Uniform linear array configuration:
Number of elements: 4
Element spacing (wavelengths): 0.75
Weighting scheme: blackman
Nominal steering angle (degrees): -45
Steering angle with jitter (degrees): -45.835
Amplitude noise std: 0.05
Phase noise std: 0.05

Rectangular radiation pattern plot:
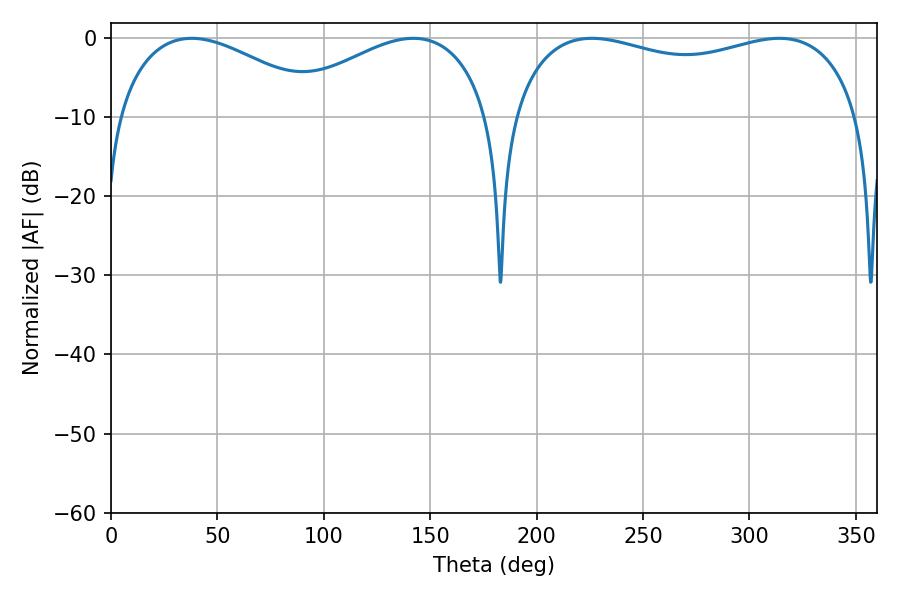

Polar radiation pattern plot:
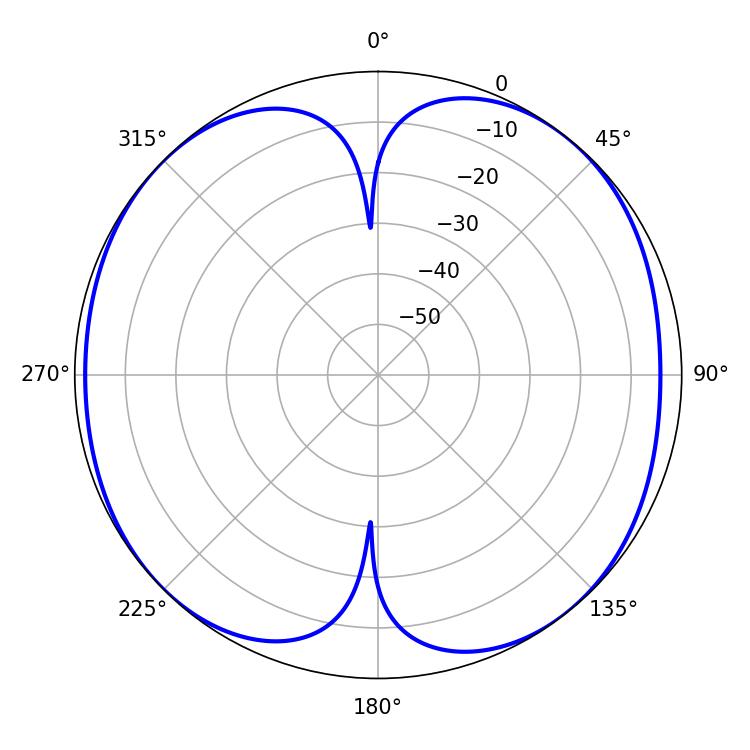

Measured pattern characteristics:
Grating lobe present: TRUE
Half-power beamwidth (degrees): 134.64
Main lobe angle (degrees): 225.9